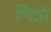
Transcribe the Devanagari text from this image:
भिन्नो